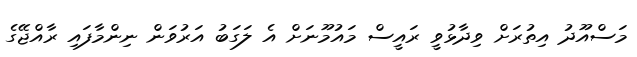
މަސްއޫދު އިތުރަށް ވިދާޅުވީ ރައީސް މައުމޫނަށް އެ ލަގަބު އަރުވަން ނިންމާފައި ރާއްޖޭގެ